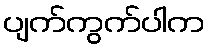
ပျက်ကွက်ပါက